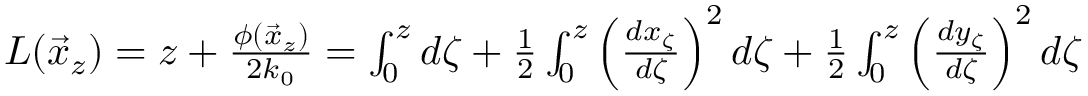
\begin{array} { r } { L ( \vec { x } _ { z } ) = z + \frac { \phi ( \vec { x } _ { z } ) } { 2 k _ { 0 } } = \int _ { 0 } ^ { z } d \zeta + \frac { 1 } { 2 } \int _ { 0 } ^ { z } \left( \frac { d x _ { \zeta } } { d \zeta } \right) ^ { 2 } d \zeta + \frac { 1 } { 2 } \int _ { 0 } ^ { z } \left( \frac { d y _ { \zeta } } { d \zeta } \right) ^ { 2 } d \zeta } \end{array}